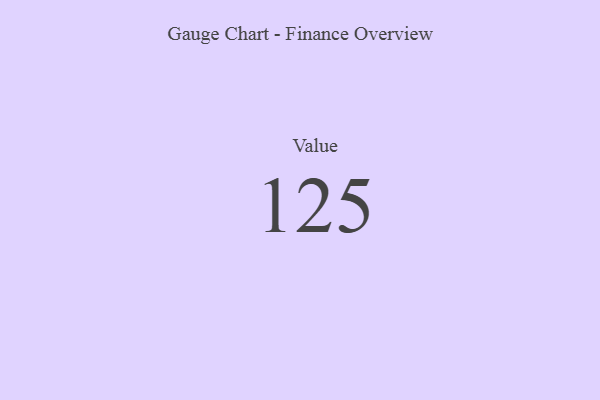
{"axis": {"x": "Metric", "y": "Value"}, "legend": [""], "data": [{"x": "Value", "y": 125, "type": ""}]}